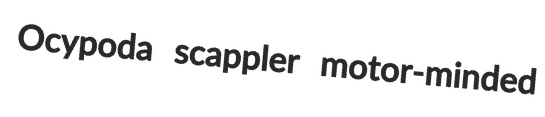
Ocypoda scappler motor-minded